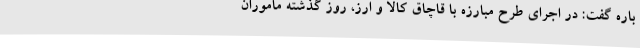
باره گفت: در اجرای طرح مبارزه با قاچاق کالا و ارز، روز گذشته ماموران